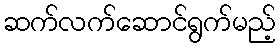
ဆက်လက်ဆောင်ရွက်မည့်